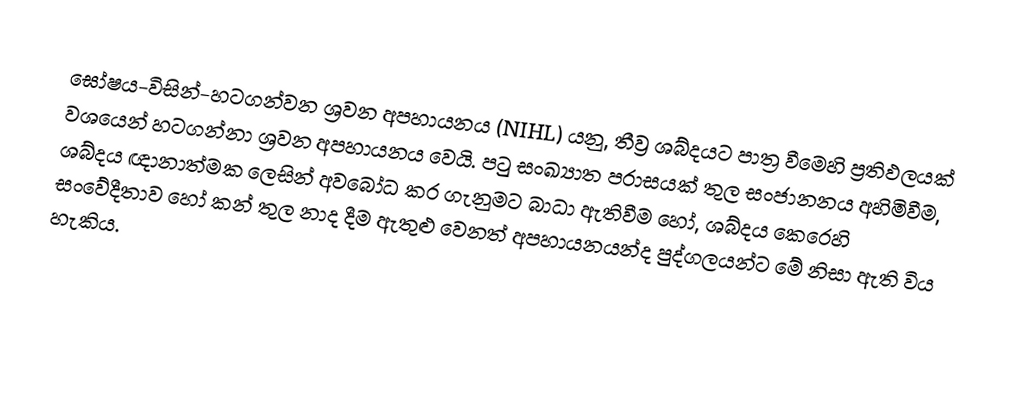
ඝෝෂය-විසින්-හටගන්වන ශ්‍රවන අපහායනය (NIHL) යනු,  තීව්‍ර ශබ්දයට පාත්‍ර වීමෙහි ප්‍රතිඵලයක් වශයෙන් හටගන්නා ශ්‍රවන අපහායනය වෙයි. පටු සංඛ්‍යාත පරාසයක් තුල සංජානනය අහිමිවීම, ශබ්දය ඥානාත්මක ලෙසින් අවබෝධ කර ගැනුමට බාධා ඇතිවීම හෝ, ශබ්දය කෙරෙහි සංවේදීතාව හෝ  කන් තුල නාද දීම ඇතුළු වෙනත් අපහායනයන්ද පුද්ගලයන්ට මේ නිසා ඇති විය හැකිය.